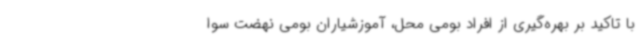
با تاکید بر بهره‌گیری از افراد بومی محل، آموزشیاران بومی نهضت سوا